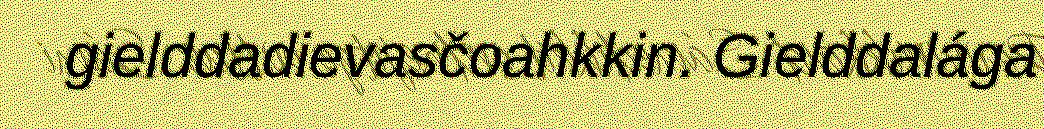
gielddadievasčoahkkin. Gielddalága